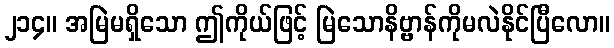
၂၁၄။ အမြဲမရှိသော ဤကိုယ်ဖြင့် မြဲသောနိဗ္ဗာန်ကိုမလဲနိုင်ပြီလော။